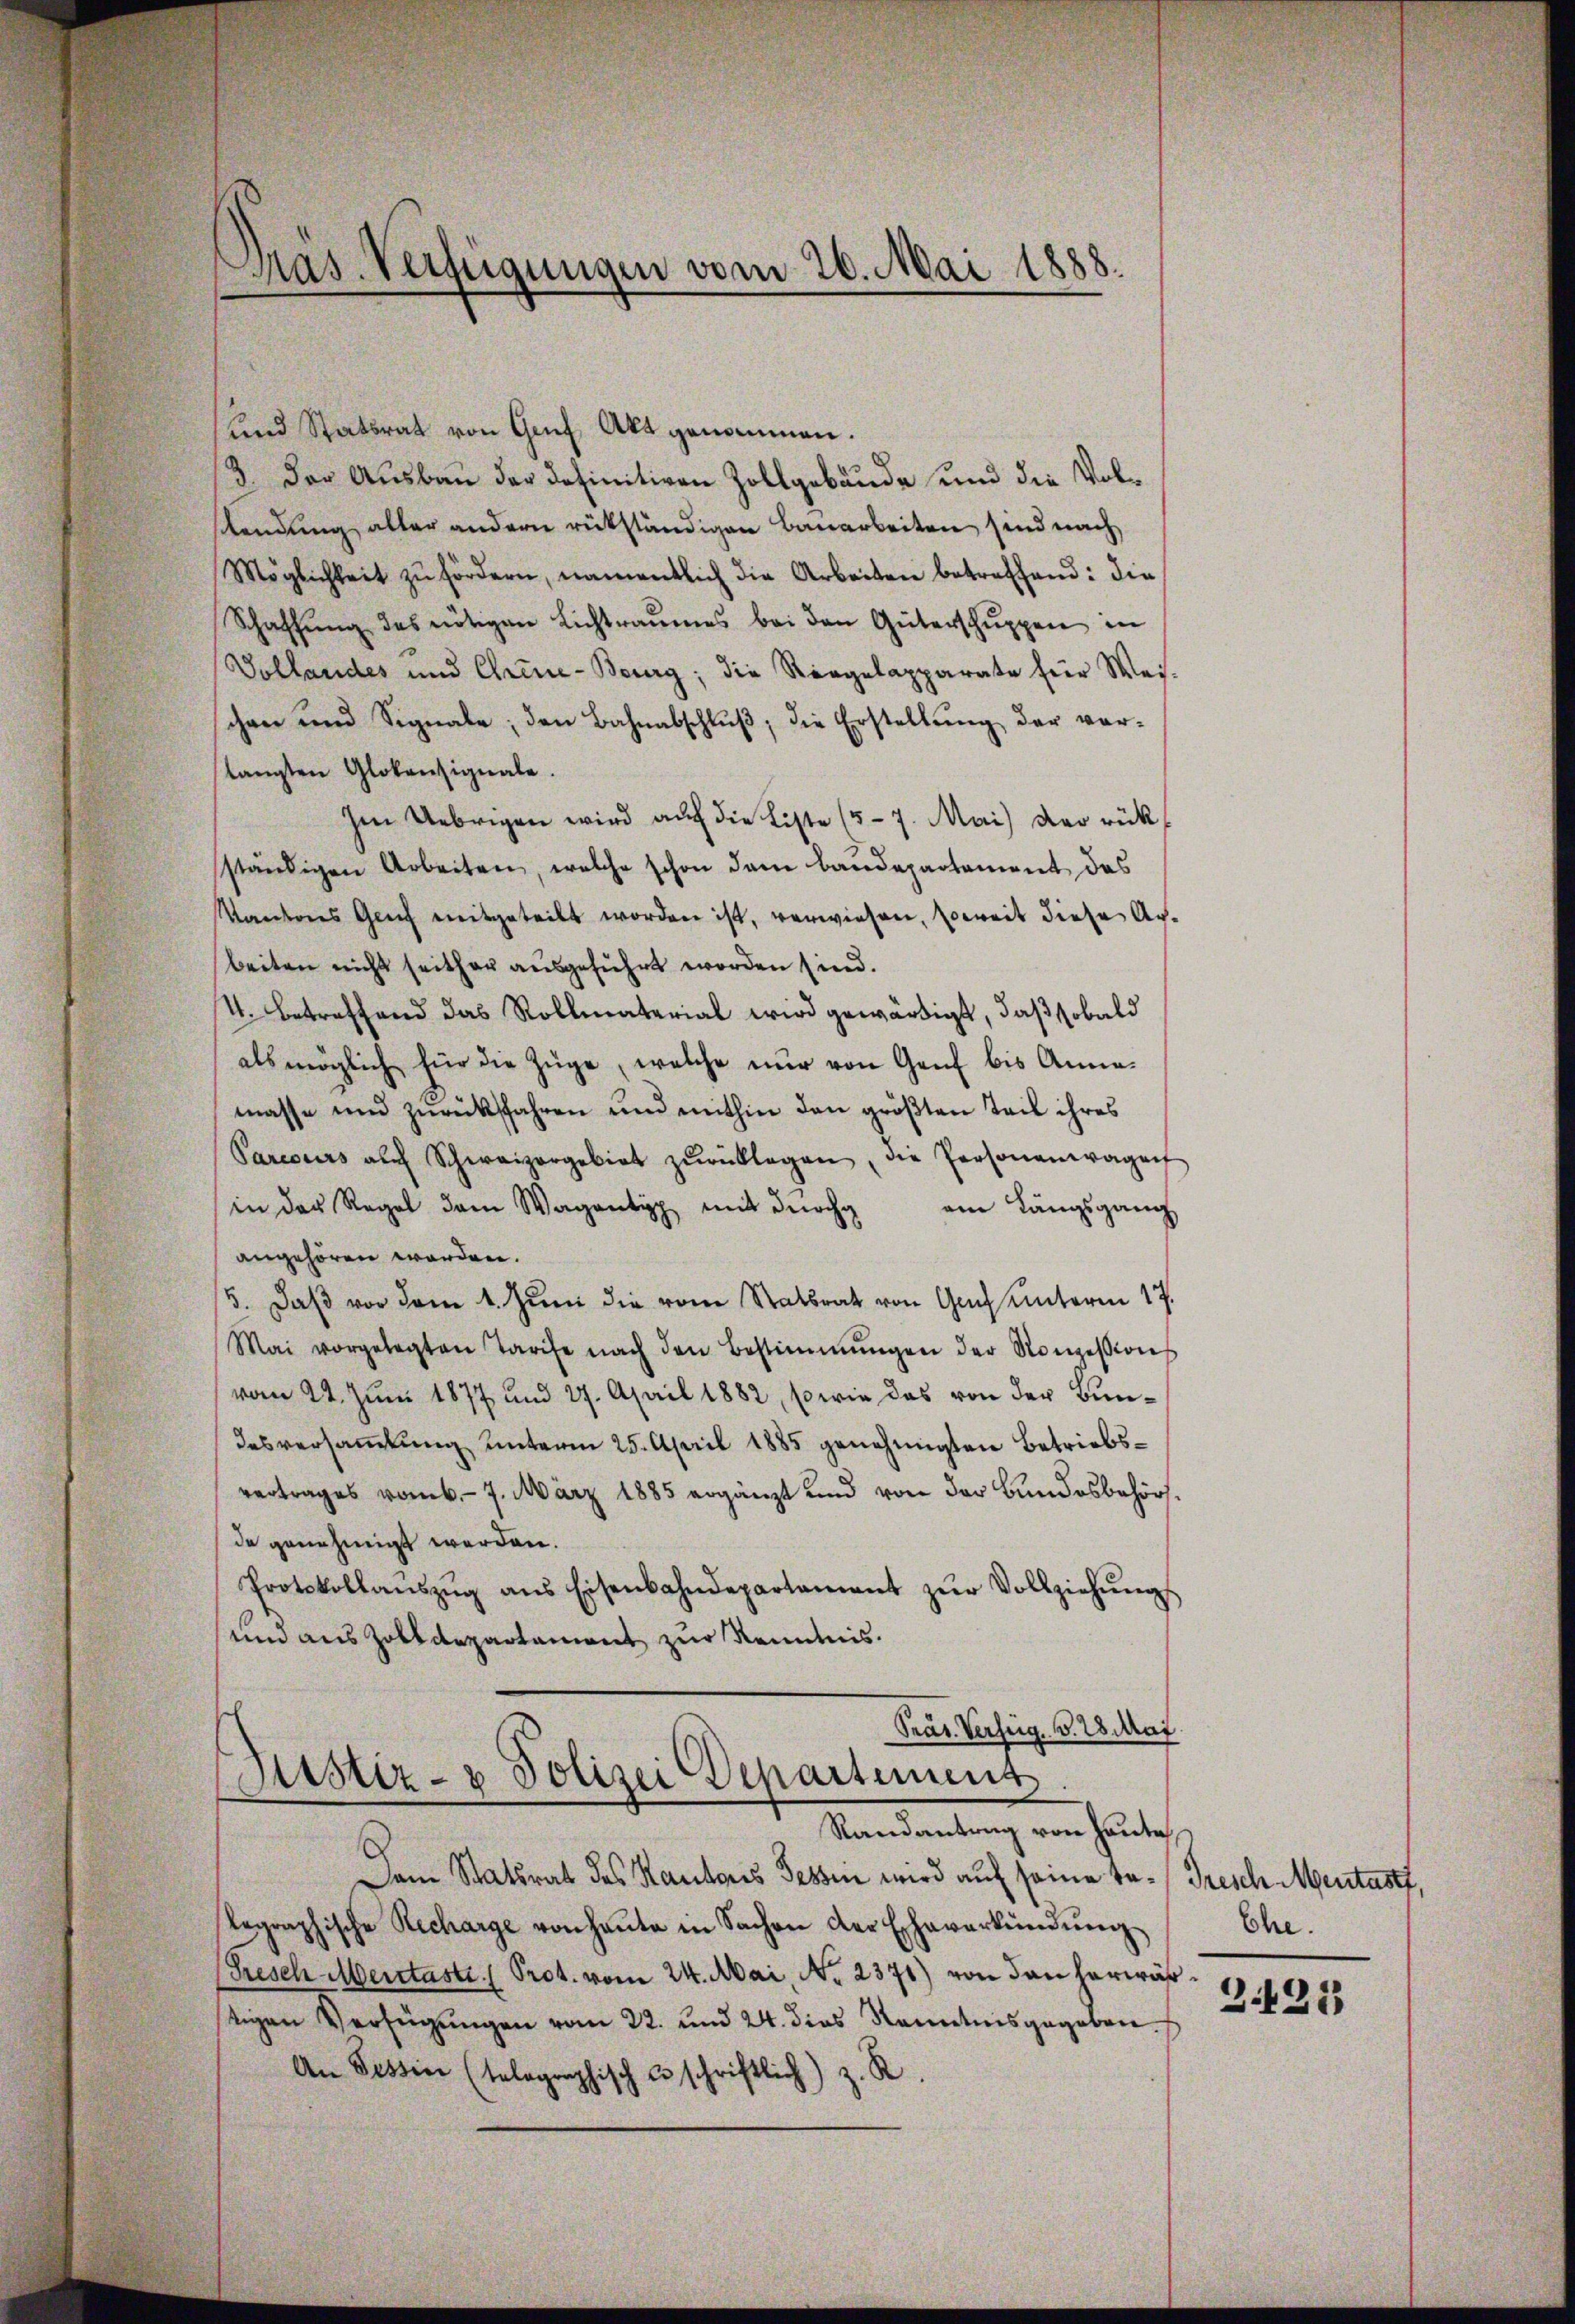
Präs. Verfügungen vom 26. Mai 1888.

Lnd Statsrat von Genf, Akt genommen.
/3. der Ausbau der definitiven Zollgebäude und die Volsendung aller andern rükständigen Bauarbeiten sind nach
Möglichkeit zŭ fördern, namentlich die Arbeiten betreffend: die
Schaffŭng des nötigen Lichtraumes bei den Güterschŭppen in
Vollandes und Chine-Beurg; die Ringelapparate für Weischen und Signale; den Bahnabschlŭβ, die Erstellŭng der ver-
langten Glokensignale.
Im Uebrigen wird auf die Liste (5-7. Mai) der rück
ständigen Arbeiten, welche schon dem Bandepartement das
Kantons Genf mitgeteilt worden ist, verwiesen, soweit diese Anbeiten nicht seither ausgeführt worden sind.
4. Betreffend das Rollmaterial wird gewärtigt, daß sobald
als möglich für die Züge, welche nur von Genf bis Annamasse und zŭrücksfahren und mithin den größten Teil ihres
Parcours auch Schweizergebiet zŭrücklegen, die Personenwagen
in der Regel dem Wagantipp mit durch ein Längsgang
angehören worden.
5. daβ vor dem 1. Jŭni die vom Statsrat von Gach unterm 17.
Mai vorgelegten Tarife nach den Bestimmungen der Konzessions
vom 22. Juni 1877 und 27. April 1882, sowie das von der Bundesversaṁlŭng unterm 25. April 1885 genehmigten Betriebsvertrages vom 7. März 1885 ergänzt und von der Bundesbehörsde genehmigt werden.
Protokollaŭszŭg ans Eisenbahndepartament zŭr Vollziehŭngs
und aus Zolldepartament zur Kenntnis.
Prar. Verfüg §. 28. Mai
Durster- u Polizei Departement.
Randantrag von Hauta
Dem Statsrat des Kantons Tessin wird auf seine ta¬
Rographische Recharge von heŭte in Sachen der Eheverkündŭng
(Presch Mentasti (Prot. vom 24. Mai, No. 2371) von den herwä
stigen Verfügungen vom 22. und 24. dies Kenntnis gegeben.
An Tessin (telographisch u schriftlich) z. R.

Tresch Mentasti.
Ehe.
e

3.425